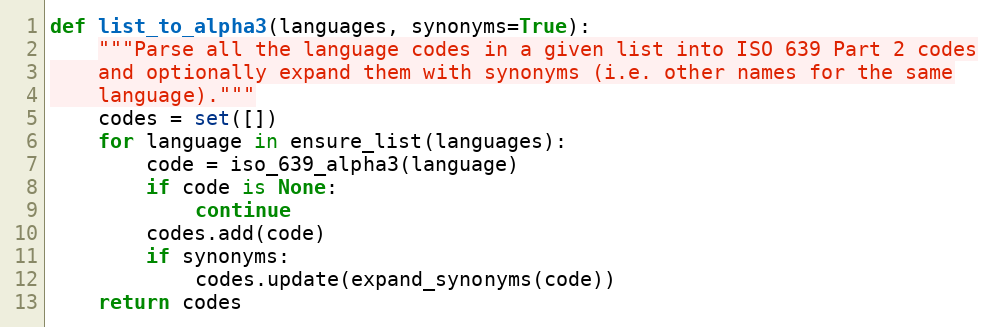
Language: Python
def list_to_alpha3(languages, synonyms=True):
    """Parse all the language codes in a given list into ISO 639 Part 2 codes
    and optionally expand them with synonyms (i.e. other names for the same
    language)."""
    codes = set([])
    for language in ensure_list(languages):
        code = iso_639_alpha3(language)
        if code is None:
            continue
        codes.add(code)
        if synonyms:
            codes.update(expand_synonyms(code))
    return codes